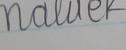
Signature authenticity: forged